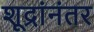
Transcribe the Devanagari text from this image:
शूद्रांनंतर